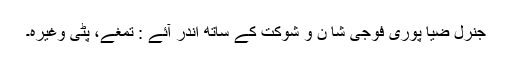
جنرل ضیا پوری فوجی شا ن و شوکت کے ساتھ اندر آئے : تمغے، پٹی وغیرہ۔